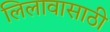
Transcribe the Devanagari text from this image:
लिलावासाठी